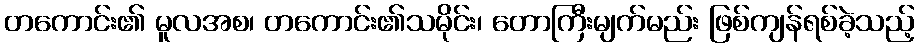
တကောင်း၏ မူလအစ၊ တကောင်း၏သမိုင်း၊ တောကြီးမျက်မည်း ဖြစ်ကျန်ရစ်ခဲ့သည့်